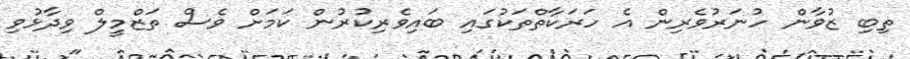
ތިބި ޒުވާން ހުނަރުވެރިން އެ ހަރަކާތްތަކުގައި ބައިވެރިކުރުން ކަަމަށް ވެސް ތަޒްމީލް ވިދާޅުވި